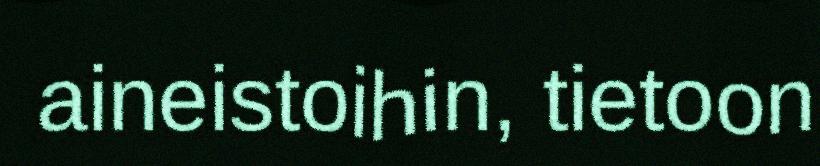
aineistoihin, tietoon